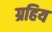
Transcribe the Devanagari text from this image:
ग्रहिय